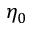
\eta _ { 0 }